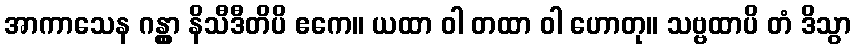
အာကာသေန ဂန္တွာ နိသီဒီတိပိ ဧကေ။ ယထာ ဝါ တထာ ဝါ ဟောတု။ သဗ္ဗထာပိ တံ ဒိသွာ